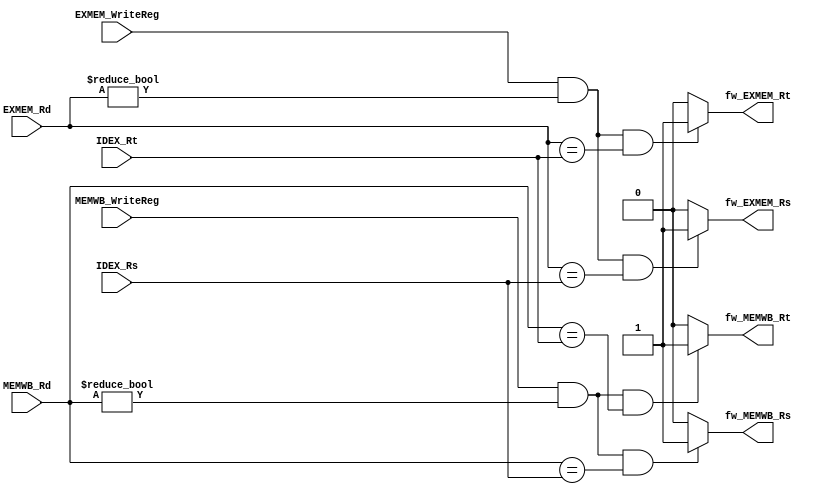
module forwarding(IDEX_Rs, IDEX_Rt, EXMEM_Rd, MEMWB_Rd, MEMWB_WriteReg, EXMEM_WriteReg,
				  fw_EXMEM_Rs, fw_EXMEM_Rt, fw_MEMWB_Rs, fw_MEMWB_Rt);

input [2:0] IDEX_Rs, IDEX_Rt, EXMEM_Rd, MEMWB_Rd; 
input		MEMWB_WriteReg, EXMEM_WriteReg; 


output fw_EXMEM_Rs, fw_EXMEM_Rt, 
	   fw_MEMWB_Rs, fw_MEMWB_Rt; 


//EX_MEM FORWARDING CONDITIONS

assign fw_EXMEM_Rs = (EXMEM_WriteReg & (EXMEM_Rd != 0) & (EXMEM_Rd == IDEX_Rs)) ? 1'b1 : 1'b0; 
assign fw_EXMEM_Rt = (EXMEM_WriteReg & (EXMEM_Rd != 0) & (EXMEM_Rd == IDEX_Rt)) ? 1'b1 : 1'b0; 


//MEM_WB FORWARDING CONDITIONS

assign fw_MEMWB_Rs = (MEMWB_WriteReg & (MEMWB_Rd != 0) & (MEMWB_Rd == IDEX_Rs)) ? 1'b1 : 1'b0;
assign fw_MEMWB_Rt = (MEMWB_WriteReg & (MEMWB_Rd != 0) & (MEMWB_Rd == IDEX_Rt)) ? 1'b1 : 1'b0; 

endmodule